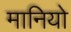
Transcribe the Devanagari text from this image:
मानियो